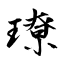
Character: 璙